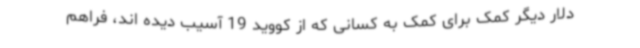
دلار دیگر کمک برای کمک به کسانی که از کووید 19 آسیب دیده اند، فراهم